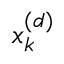
x _ { k } ^ { ( d ) }